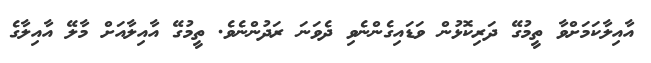
އާއިލާކަމަށްވާ ތީމުގޭ ދަރިކޮޅުން ވަޑައިގެންނެވި ދެވަނަ ރަދުންނެވެ. ތީމުގޭ އާއިލާއަށް މާލޭ އާއިލާގެ